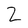
Character: 2